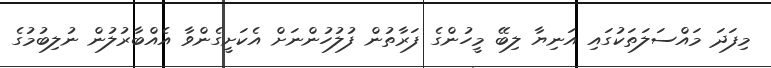
މިފަދަ މައްސަލަތަކުގައި އަނިޔާ ލިބޭ މީހުންގެ ފަރާތުން ފުލުހުންނަށް އެކަށީގެންވާ އެއްބާރުލުން ނުލިބުމުގެ